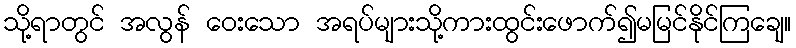
သို့ရာတွင် အလွန် ဝေးသော အရပ်များသို့ကားထွင်းဖောက်၍မမြင်နိုင်ကြချေ။